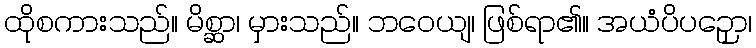
ထိုစကားသည်။ မိစ္ဆာ၊ မှားသည်။ ဘဝေယျ၊ ဖြစ်ရာ၏။ အယံပိပဉှော၊